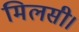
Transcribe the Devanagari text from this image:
मिलसी।